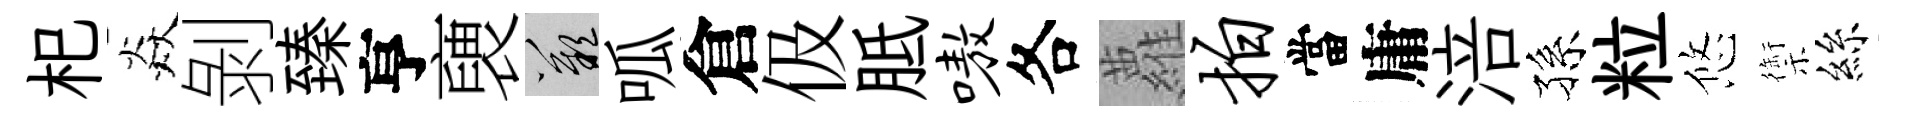
𣏌焱剝臻亨褏嘆呱倉伋胝嗷各蘿拍當庸涪孫粒悠禦絲